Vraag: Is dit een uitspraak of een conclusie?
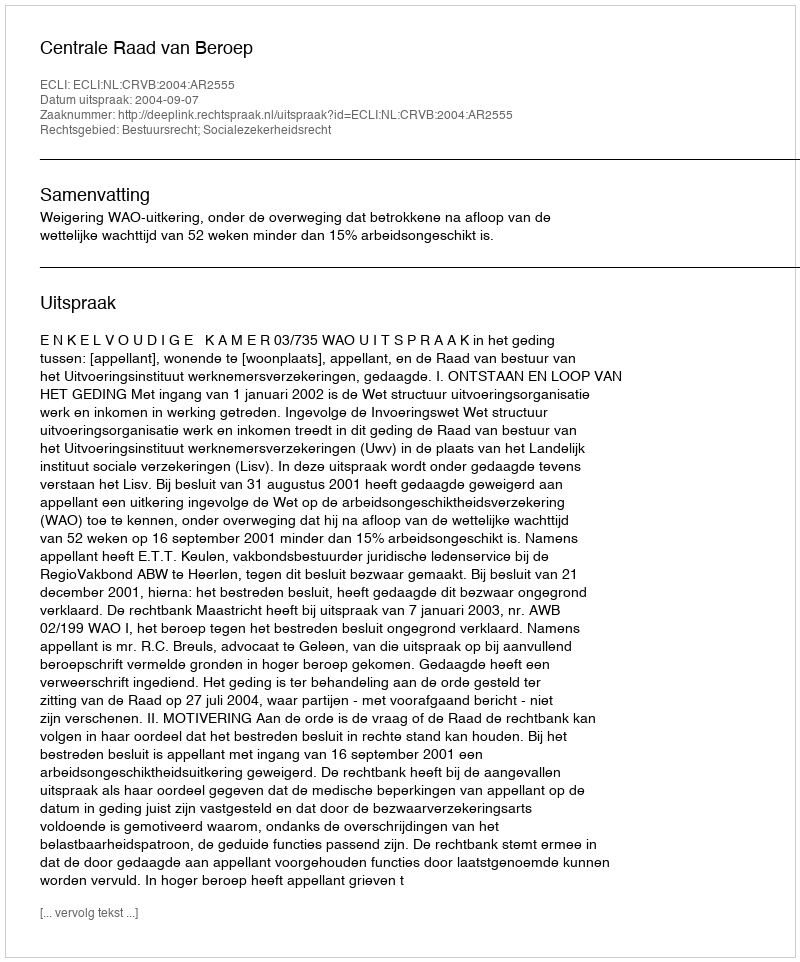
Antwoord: Uitspraak